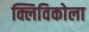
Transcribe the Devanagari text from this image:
क्लिविकोला